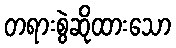
တရားစွဲဆိုထားသော